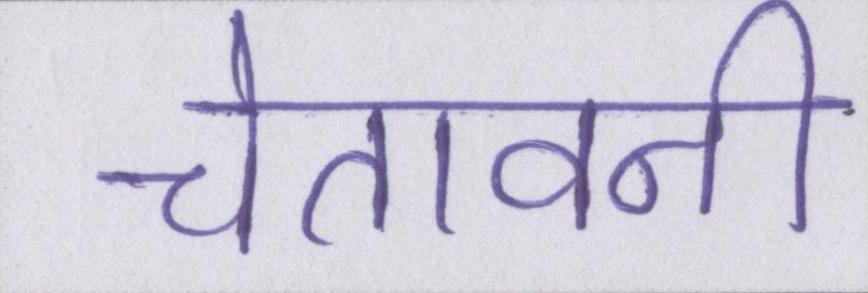
चेतावनी